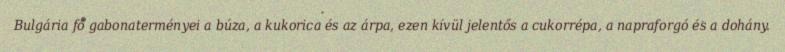
Bulgária fő gabonaterményei a búza, a kukorica és az árpa, ezen kívül jelentős a cukorrépa, a napraforgó és a dohány.